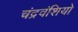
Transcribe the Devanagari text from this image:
चंद्रवंशियो